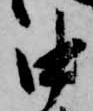
中